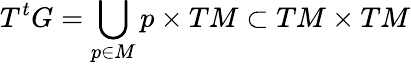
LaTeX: T^{t}G=\bigcup_{p\in M}p\times TM\subset TM\times TM